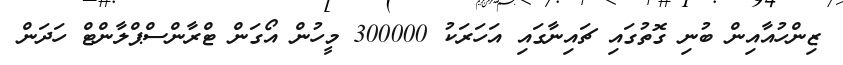
ޒިންހުއާއިން ބުނި ގޮތުގައި ޗައިނާގައި އަހަރަކު 300000 މީހުން އޯގަން ޓްރާންސްޕްލާންޓް ހަދަން